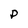
Character: P